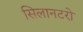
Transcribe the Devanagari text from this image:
सिलानटरो